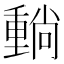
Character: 𡮶